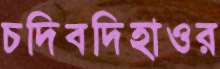
চদিবদিহাওর